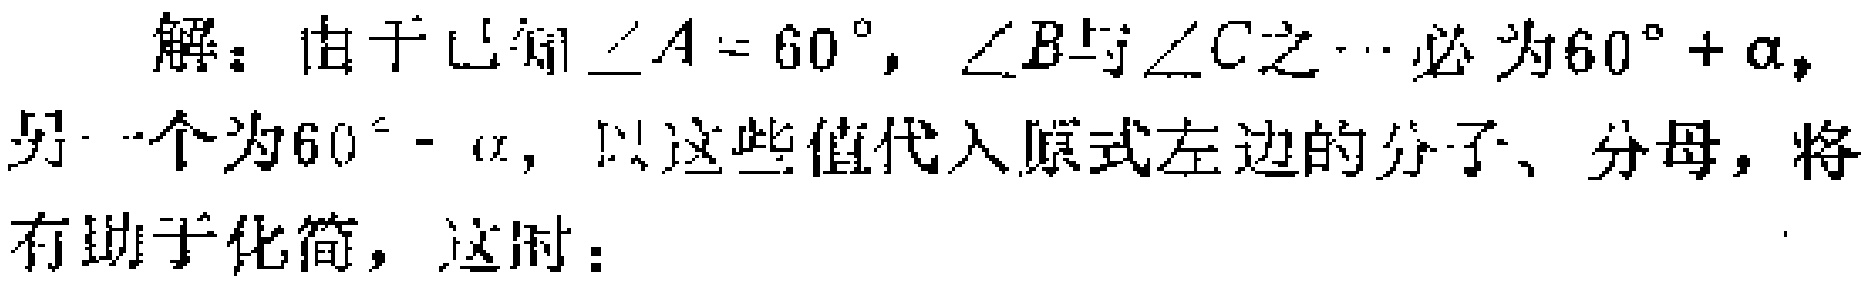
解：由于已知\(\angle A = 60^{\circ}\)，\(\angle B\)与\(\angle C\)之一必为\(60^{\circ}+\alpha\)，另一个为\(60^{\circ}-\alpha\)，以这些值代入原式左边的分子、分母，将有助于化简，这时：